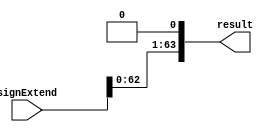
module ShiftLeft (signExtend, result);
  input wire [63:0]signExtend;
  output reg [63:0]result;
  always @ (*) begin
    result <= signExtend  <<  1; //Shift Left, Logical (fill with zero)
  end
endmodule


module BranchAND(Zero, Branch, ANDResult);
  input wire Zero, Branch;
  output reg ANDResult;

  always @(*)begin
    ANDResult <= Zero & Branch; // Zero-ALU e sinal de controle branch
  end
endmodule


module PC (PC, shiftValue, sum, ANDBranch, clk);  // desempenhara o papel do AddSum(pc + shiftValue) + Mux(ANDBranch "flag")
  input wire [63:0] PC, shiftValue; // valores que sao recebidos pelo AddSum
  input wire ANDBranch, clk;
  output reg [63:0] sum;

  initial begin
    sum = 0;
  end

  always @ (posedge clk) begin
    if(ANDBranch) begin
      sum <= PC + shiftValue; // Atualizacao de PC quando a instrucao de desvio for verdadeira (beq): PC + ShiftLeft = Sum
    end
    else if(~ANDBranch) begin
      sum <= PC + 64'd4; // Atualizacao do PC quando nao ha branch: PC + 4 (proxima instrucao)
    end
  end
endmodule